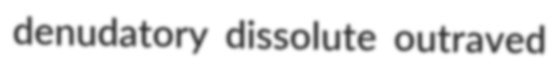
denudatory dissolute outraved